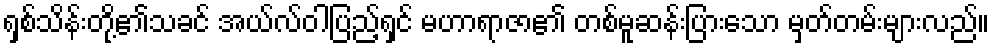
ရှစ်သိန်းတို့၏သခင် အယ်လ်ဝါပြည့်ရှင် မဟာရာဇာ၏ တစ်မူဆန်းပြားသော မှတ်တမ်းများလည်။